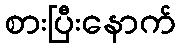
စားပြီးနောက်